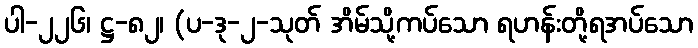
ပါ-၂၂၆၊ ဋ္ဌ-၈၂၊ (ပ-ဒု-၂-သုတ် အိမ်သို့ကပ်သော ရဟန်းတို့ရအပ်သော